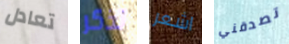
تعادل تذكر اشعر تصدقني